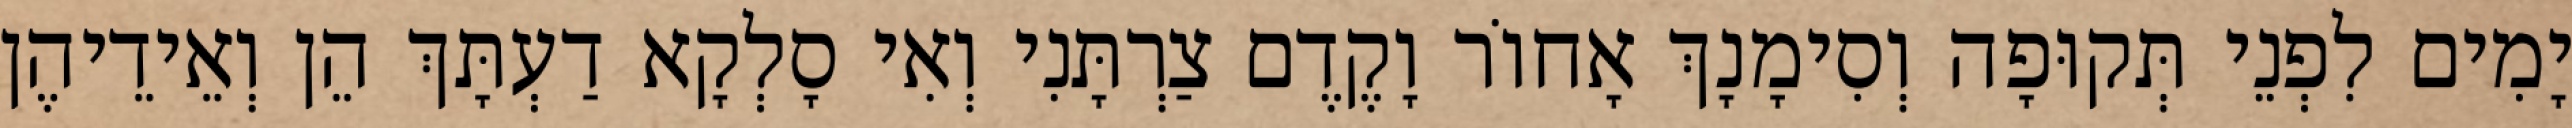
יָמִים לִפְנֵי תְּקוּפָה וְסִימָנָךְ אָחוֹר וָקֶדֶם צַרְתָּנִי וְאִי סָלְקָא דַעְתָּךְ הֵן וְאֵידֵיהֶן